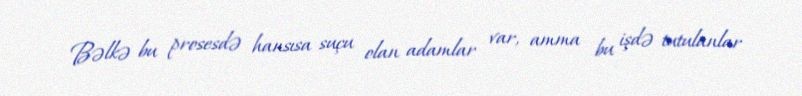
Bəlkə bu prosesdə hansısa suçu olan adamlar var, amma bu işdə tutulanlar